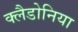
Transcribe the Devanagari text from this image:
क्लैडोनिया